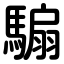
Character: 騸